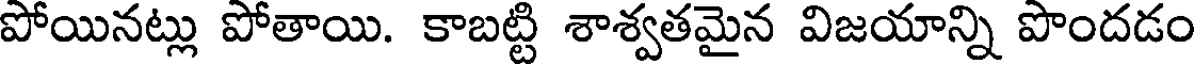
పోయినట్లు పోతాయి. కాబట్టి శాశ్వతమైన విజయాన్ని పొందడం